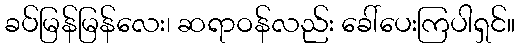
ခပ်မြန်မြန်လေး၊ ဆရာဝန်လည်း ခေါ်ပေးကြပါရှင်။